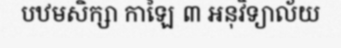
បឋមសិក្សា កាឡៃ ៣ អនុវិទ្យាល័យ